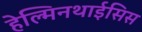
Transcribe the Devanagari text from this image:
हेल्मिनथाईसिस